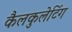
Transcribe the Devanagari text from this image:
कैलकुलेटिंग